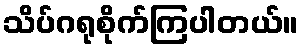
သိပ်ဂရုစိုက်ကြပါတယ်။